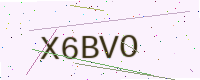
Text: X6BVO